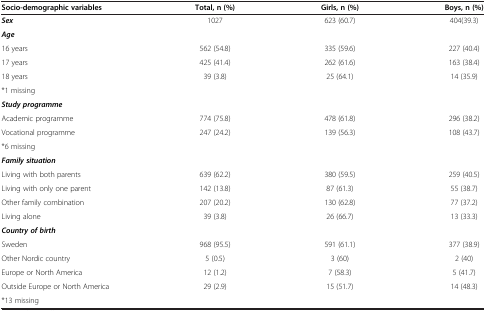
<table><thead><tr><td><b>Socio-demographic variables</b></td><td><b>Total, n (%)</b></td><td><b>Girls, n (%)</b></td><td><b>Boys, n (%)</b></td></tr></thead><tbody><tr><td><b><i>Sex</i></b></td><td>1027</td><td>623 (60.7)</td><td>404(39.3)</td></tr><tr><td><b><i>Age</i></b></td><td> </td><td> </td><td> </td></tr><tr><td>16 years</td><td>562 (54.8)</td><td>335 (59.6)</td><td>227 (40.4)</td></tr><tr><td>17 years</td><td>425 (41.4)</td><td>262 (61.6)</td><td>163 (38.4)</td></tr><tr><td>18 years</td><td>39 (3.8)</td><td>25 (64.1)</td><td>14 (35.9)</td></tr><tr><td>*1 missing</td><td> </td><td> </td><td> </td></tr><tr><td><b><i>Study programme</i></b></td><td> </td><td> </td><td> </td></tr><tr><td>Academic programme</td><td>774 (75.8)</td><td>478 (61.8)</td><td>296 (38.2)</td></tr><tr><td>Vocational programme</td><td>247 (24.2)</td><td>139 (56.3)</td><td>108 (43.7)</td></tr><tr><td>*6 missing</td><td> </td><td> </td><td> </td></tr><tr><td><b><i>Family situation</i></b></td><td> </td><td> </td><td> </td></tr><tr><td>Living with both parents</td><td>639 (62.2)</td><td>380 (59.5)</td><td>259 (40.5)</td></tr><tr><td>Living with only one parent</td><td>142 (13.8)</td><td>87 (61.3)</td><td>55 (38.7)</td></tr><tr><td>Other family combination</td><td>207 (20.2)</td><td>130 (62.8)</td><td>77 (37.2)</td></tr><tr><td>Living alone</td><td>39 (3.8)</td><td>26 (66.7)</td><td>13 (33.3)</td></tr><tr><td><b><i>Country of birth</i></b></td><td> </td><td> </td><td> </td></tr><tr><td>Sweden</td><td>968 (95.5)</td><td>591 (61.1)</td><td>377 (38.9)</td></tr><tr><td>Other Nordic country</td><td>5 (0.5)</td><td>3 (60)</td><td>2 (40)</td></tr><tr><td>Europe or North America</td><td>12 (1.2)</td><td>7 (58.3)</td><td>5 (41.7)</td></tr><tr><td>Outside Europe or North America</td><td>29 (2.9)</td><td>15 (51.7)</td><td>14 (48.3)</td></tr><tr><td>*13 missing</td><td> </td><td> </td><td> </td></tr></tbody></table>